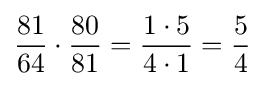
{81 \over 64}\cdot {80 \over 81}={{1\cdot 5} \over {4\cdot 1}}={5 \over 4}